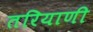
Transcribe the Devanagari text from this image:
तरियाणी